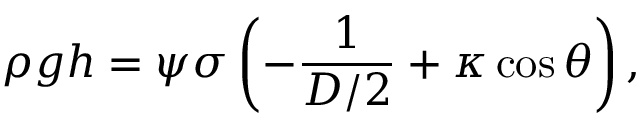
\rho g h = \psi \sigma \left( - \frac { 1 } { D / 2 } + \kappa \cos \theta \right) ,